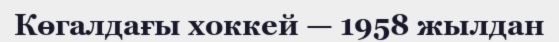
Көгалдағы хоккей — 1958 жылдан